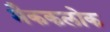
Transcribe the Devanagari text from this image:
मैककलोक